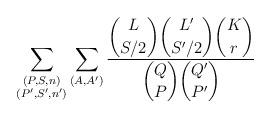
LaTeX: \begin{align*} \sum_{\substack{(P,S,n)\\(P',S',n')}} \sum_{(A,A')} \frac{{\displaystyle \binom{L}{S/2}\binom{L'}{S'/2}\binom{K}{r}}} {{\displaystyle\binom{Q}{P}\binom{Q'}{P'}}}\end{align*}